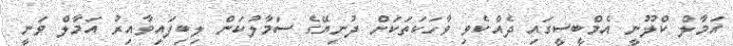
އަމާލް ކްލޫނީ އެމްބީސީގައި ދެއްކެވި ވާހަކަތަކަށް ދުނިޔޭގެ ސަމާލުކަން ލިބިފައިވާއިރު އަމާލް ވަނީ